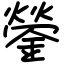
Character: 鎣